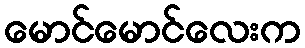
မောင်မောင်လေးက